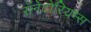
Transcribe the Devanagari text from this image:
सॅनेटोरियम्स